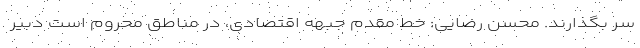
سر بگذارند. محسن رضایی: خط مقدم جبهه اقتصادی، در مناطق محروم است دبیر